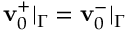
\mathbf { v } _ { 0 } ^ { + } | _ { \Gamma } = \mathbf { v } _ { 0 } ^ { - } | _ { \Gamma }